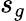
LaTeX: s_{g}